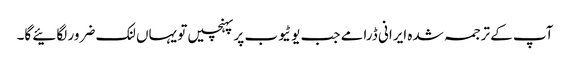
آپ کے ترجمہ شدہ ایرانی ڈرامے جب یوٹیوب پر پہنچیں تو یہاں لنک ضرور لگائیے گا۔